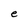
Character: e